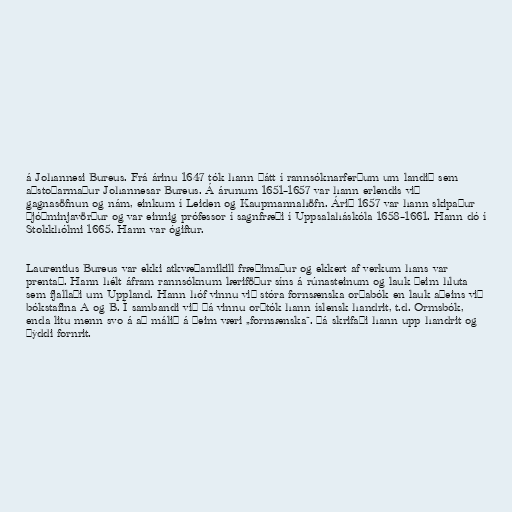
á Johannesi Bureus. Frá árinu 1647 tók hann þátt í rannsóknarferðum um landið sem
aðstoðarmaður Johannesar Bureus. Á árunum 1651–1657 var hann erlendis við
gagnasöfnun og nám, einkum í Leiden og Kaupmannahöfn. Árið 1657 var hann skipaður
þjóðminjavörður og var einnig prófessor í sagnfræði í Uppsalaháskóla 1658–1661. Hann dó í
Stokkhólmi 1665. Hann var ógiftur.

Laurentius Bureus var ekki atkvæðamikill fræðimaður og ekkert af verkum hans var
prentað. Hann hélt áfram rannsóknum læriföður síns á rúnasteinum og lauk þeim hluta
sem fjallaði um Uppland. Hann hóf vinnu við stóra fornsænska orðabók en lauk aðeins við
bókstafina A og B. Í sambandi við þá vinnu orðtók hann íslensk handrit, t.d. Ormsbók,
enda litu menn svo á að málið á þeim væri „fornsænska“. Þá skrifaði hann upp handrit og
þýddi fornrit.